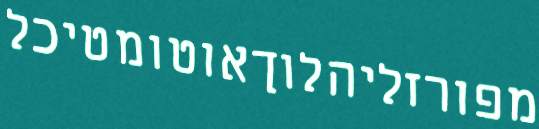
מפורזליהלוךאוטומטיכל